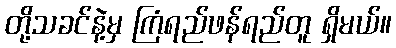
တို့သခင်နဲ့မှ ကြံရည်ဖန်ရည်တူ ရှိမယ်။